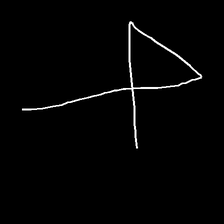
Glyph: collection